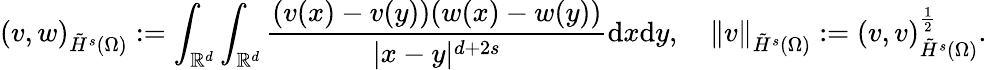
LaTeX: (v,w)_{\tilde{H}^{s}(\Omega)}:=\int_{\mathbb{R}^{d}}\int_{\mathbb{R}^{d}}\frac{(v(x)-v(y))(w(x)-w(y))}{|x-y|^{d+2s}}\mathrm{d}x\mathrm{d}y,\quad\| v\| _{\tilde{H}^{s}(\Omega)}:=(v,v)_{\tilde{H}^{s}(\Omega)}^{\frac{1}{2}}.